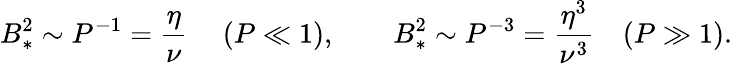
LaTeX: B_{*}^{2}\sim P^{-1}=\frac{\eta}{\nu}\ \quad(P\ll 1),\qquad B_{*}^{2}\sim P^{-3}=\frac{\eta^{3}}{\nu^{3}}\quad(P\gg 1).